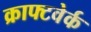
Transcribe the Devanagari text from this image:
क्राफ्टवेर्क